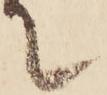
て